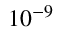
1 0 ^ { - 9 }